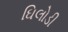
ઘિલોડી